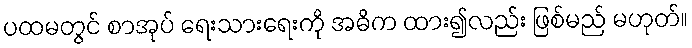
ပထမတွင် စာအုပ် ရေးသားရေးကို အဓိက ထား၍လည်း ဖြစ်မည် မဟုတ်။